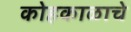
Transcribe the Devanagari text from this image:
कोहकाळाचे